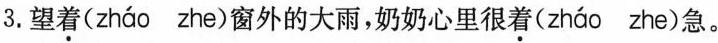
3.望着(zháo zhe)窗外的大雨，奶奶心里很着(zháo zhe)急。